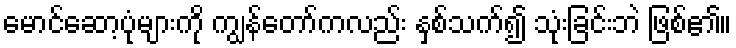
မောင်ဆော့ပုံများကို ကျွန်တော်ကလည်း နှစ်သက်၍ သုံးခြင်းဘဲ ဖြစ်၏။